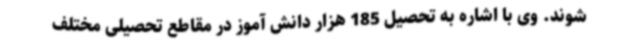
شوند. وی با اشاره به تحصیل 185 هزار دانش آموز در مقاطع تحصیلی مختلف